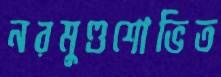
নরমুণ্ডশোভিত